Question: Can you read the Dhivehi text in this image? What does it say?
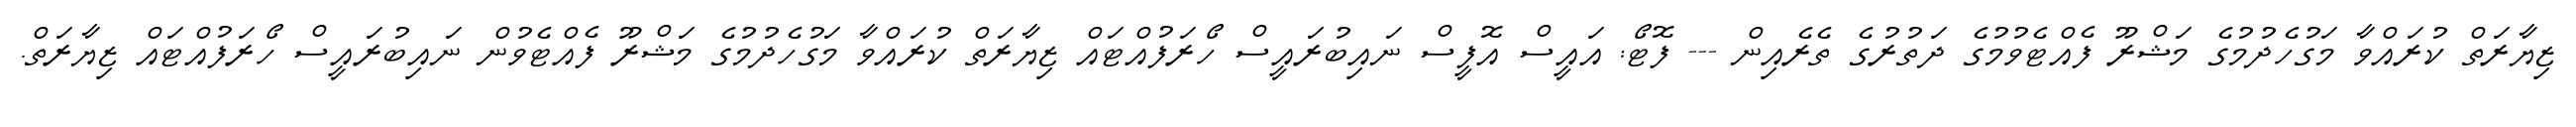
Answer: ޒިޔާރަތް ކުރައްވާ މަގުހެދުމުގެ މަޝްރޫ ފެއްޓެވުމުގެ ދަތުރުގެ ތެރެއިން --- ފޮޓޯ: އައީސް އޮފީސް ނައިބުރައީސް ހޯރަފުއްޓައް ޒިޔާރަތް ކުރައްވާ މަގުހެދުމުގެ މަޝްރޫ ފެއްޓެވުން ނައިބުރައީސް ހޯރަފުއްޓައް ޒިޔާރަތް.